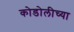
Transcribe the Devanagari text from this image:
कोडोलीच्या